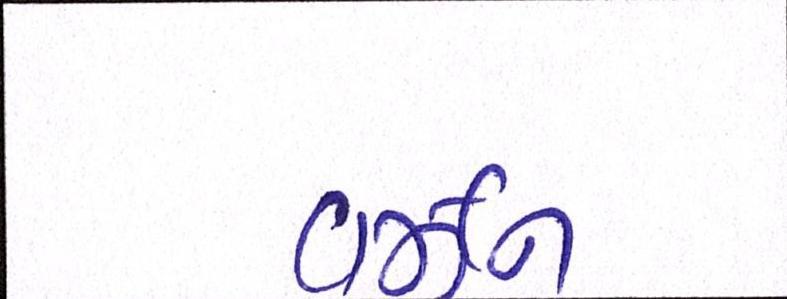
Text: વર્ઝન